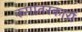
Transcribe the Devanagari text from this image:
रूपांतरकारों